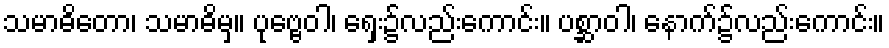
သမာဓိတော၊ သမာဓိမှ။ ပုဗ္ဗေဝါ၊ ရှေး၌လည်းကောင်း။ ပစ္ဆာဝါ၊ နောက်၌လည်းကောင်း။